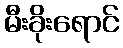
မီးခိုးရောင်